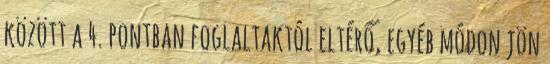
között a 4. pontban foglaltaktól eltérő, egyéb módon jön